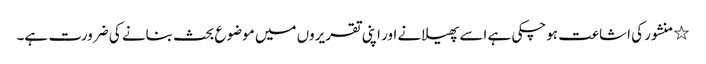
٭	منشور کی اشاعت ہوچکی ہے اسے پھیلانے اور اپنی تقریروں میں موضوع بحث بنانے کی ضرورت ہے۔